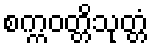
စက္ကဝတ္တိသုတ္တံ